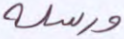
ورسله